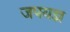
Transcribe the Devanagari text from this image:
जपयज्ञ